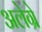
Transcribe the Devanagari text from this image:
अलेग्रे